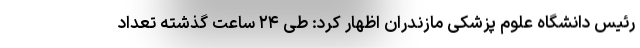
رئیس دانشگاه علوم پزشکی مازندران اظهار کرد: طی ۲۴ ساعت گذشته تعداد